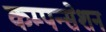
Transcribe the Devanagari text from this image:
कम्पन्सेशन